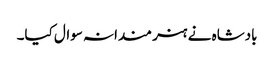
بادشاہ نے ہنر مندانہ سوال کیا۔